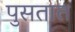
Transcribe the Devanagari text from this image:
पुसतात